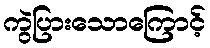
ကွဲပြားသောကြောင့်